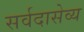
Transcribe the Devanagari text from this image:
सर्वदासेव्य